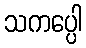
သကပ္ပေါ